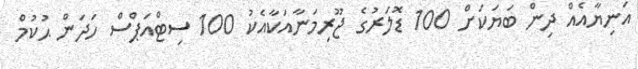
އަނިޔާއެއް ދިން ބަޔަކަށް 100 ޑޮލަރުގެ ޖޫރިމަނާއަކާއެކު 100 ސިޓްއަަޕްސް ހަދަން ޙުކުމް